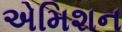
એમિશન